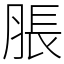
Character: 脹